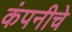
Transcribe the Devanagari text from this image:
कंपनीचेे